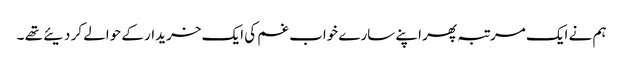
ہم نے ایک مرتبہ پھر اپنے سارے خواب غم کی ایک خریدار کے حوالے کر دیئے تھے ۔